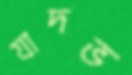
যাদভ